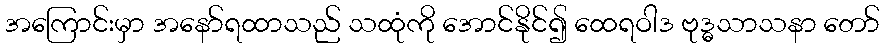
အကြောင်းမှာ အနော်ရထာသည် သထုံကို အောင်နိုင်၍ ထေရဝါဒ ဗုဒ္ဓသာသနာ တော်